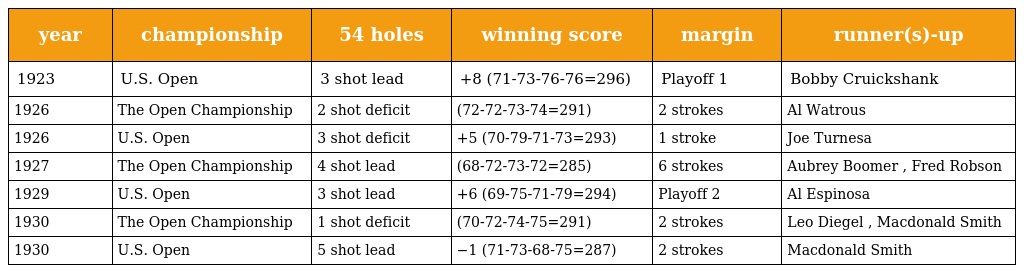
| year | championship | 54 holes | winning score | margin | runner(s)-up |
 | --- | --- | --- | --- | --- | --- |
 | 1923 | U.S. Open | 3 shot lead | +8 (71-73-76-76=296) | Playoff 1 | Bobby Cruickshank |
 | 1926 | The Open Championship | 2 shot deficit | (72-72-73-74=291) | 2 strokes | Al Watrous |
 | 1926 | U.S. Open | 3 shot deficit | +5 (70-79-71-73=293) | 1 stroke | Joe Turnesa |
 | 1927 | The Open Championship | 4 shot lead | (68-72-73-72=285) | 6 strokes | Aubrey Boomer , Fred Robson |
 | 1929 | U.S. Open | 3 shot lead | +6 (69-75-71-79=294) | Playoff 2 | Al Espinosa |
 | 1930 | The Open Championship | 1 shot deficit | (70-72-74-75=291) | 2 strokes | Leo Diegel , Macdonald Smith |
 | 1930 | U.S. Open | 5 shot lead | −1 (71-73-68-75=287) | 2 strokes | Macdonald Smith |